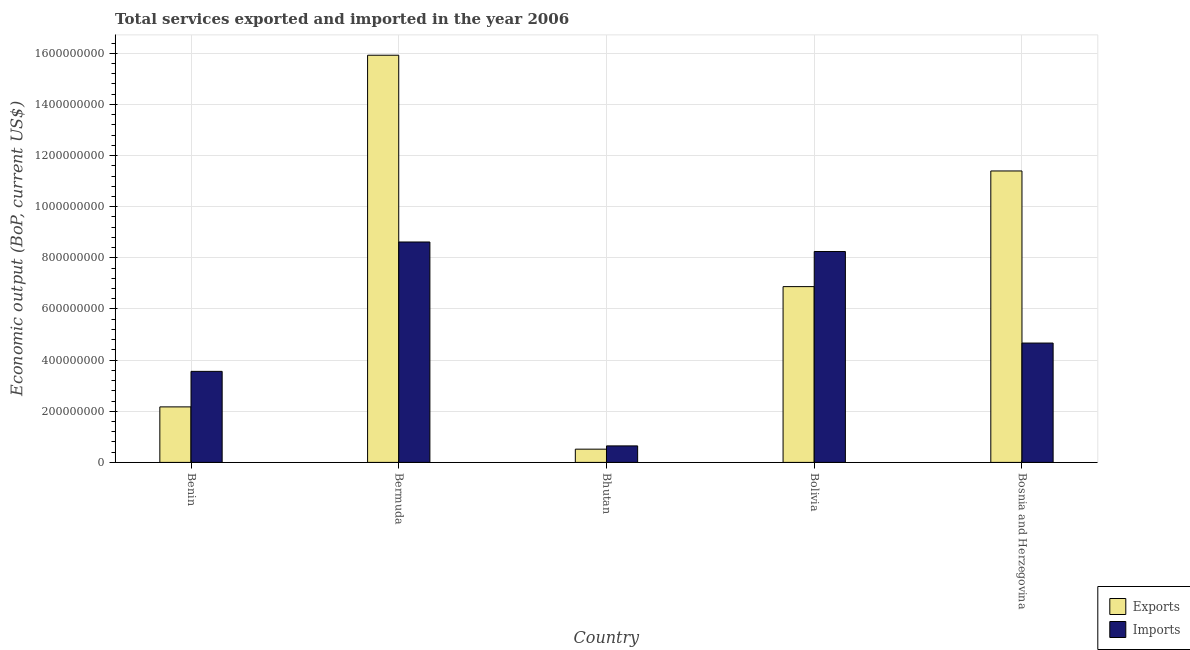
| Country | Exports | Imports |
 | --- | --- | --- |
 | Benin | 2.17e+08 | 3.56e+08 |
 | Bermuda | 1.59e+09 | 8.62e+08 |
 | Bhutan | 5.17e+07 | 6.45e+07 |
 | Bolivia | 6.87e+08 | 8.25e+08 |
 | Bosnia and Herzegovina | 1.14e+09 | 4.67e+08 |